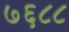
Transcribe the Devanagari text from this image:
७६८८